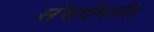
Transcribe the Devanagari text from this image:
संसदेपर्यंत